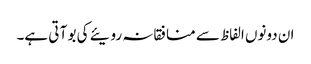
ان دونوں الفاظ سے منافقانہ رویئے کی بو آ تی ہے۔